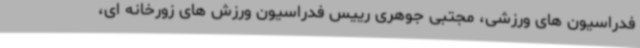
فدراسیون های ورزشی، مجتبی جوهری رییس فدراسیون ورزش های زورخانه ای،